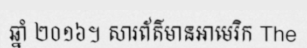
ឆ្នាំ ២០១៦។ សារព័ត៌មានអាមេរិក The